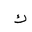
Letter: _kaf